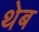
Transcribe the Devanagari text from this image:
थेब